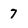
Character: 7